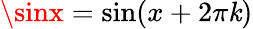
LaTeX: \sinx=\sin(x+2\pi\mathit{k})